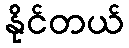
နိုင်တယ်